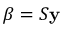
{ \boldsymbol { \beta } } = S \mathbf { y }